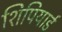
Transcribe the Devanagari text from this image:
शिपियार्ड